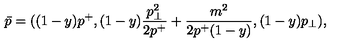
\bar { p } = ( ( 1 - y ) p ^ { + } , ( 1 - y ) { \frac { p _ { \perp } ^ { 2 } } { 2 p ^ { + } } } + { \frac { m ^ { 2 } } { 2 p ^ { + } ( 1 - y ) } } , ( 1 - y ) p _ { \perp } ) ,